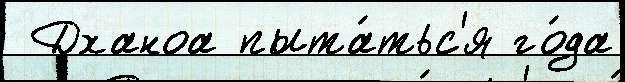
 Дханоа пыта́тьс'я го́да